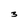
Character: 3